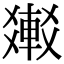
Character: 𨌸